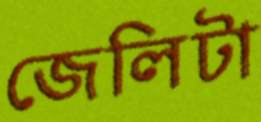
জেলিটা